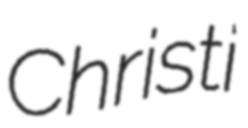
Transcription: Christi